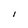
Character: l